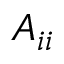
A _ { i i }